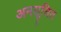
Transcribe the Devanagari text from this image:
अनसूचित